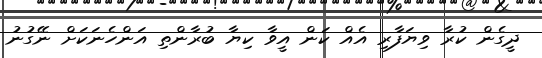
ދީގެން ކުރާ ވިޔަފާރި އެއް ކަން އީވާ ކިޔާ ބުރާންތި އަންހެނަކަށް ނޭގުނު